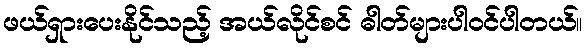
ဖယ်ရှားပေးနိုင်သည့် အယ်လိုင်စင် ဓါတ်များပါဝင်ပါတယ်။